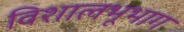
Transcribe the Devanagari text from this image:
विशालभूभाग